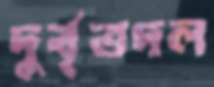
দুর্বৃত্তদল